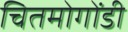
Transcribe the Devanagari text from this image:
चितमोगोंडी